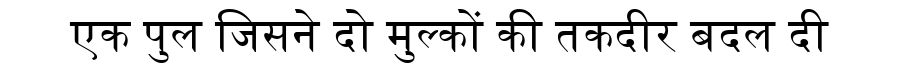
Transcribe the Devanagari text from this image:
एक पुल जिसने दो मुल्कों की तकदीर बदल दी